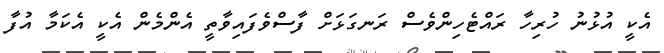
އެކީ އުޅުނު ހުރިހާ ރައްޓެހިންވެސް ރަނގަޅަށް ފާސްވެފައިވާތީ އެންމެން އެކީ އެކަމާ އުފާ